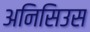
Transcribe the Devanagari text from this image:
अनिसिउस